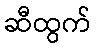
ဆီထွက်